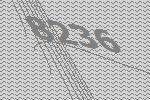
8236